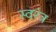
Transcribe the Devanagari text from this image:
स्वरंत्र